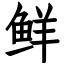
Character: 鲜